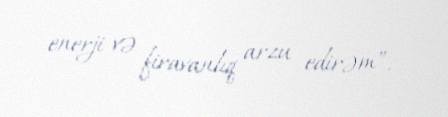
enerji və firavanlıq arzu edirəm”.